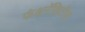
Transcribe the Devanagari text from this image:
फंक्षनॅलिटीस